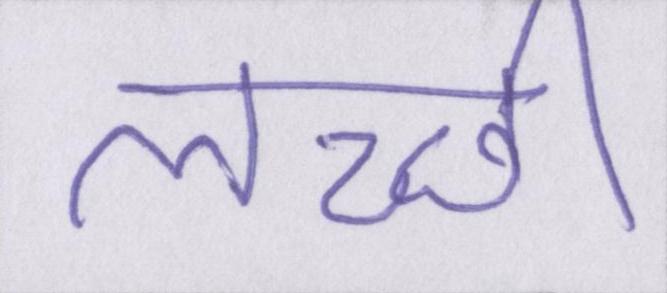
लच्छी